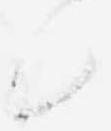
候